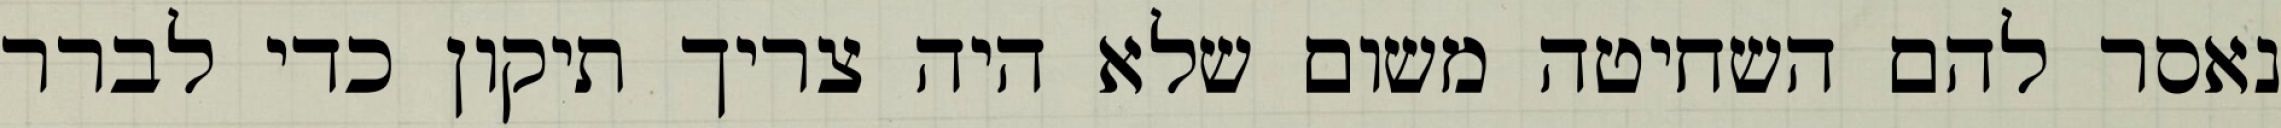
נאסר להם השחיטה משום שלא היה צריך תיקון כדי לברר